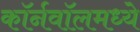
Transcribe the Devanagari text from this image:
कॉर्नवॉलमध्ये